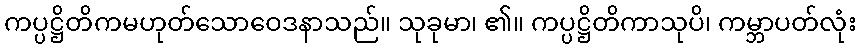
ကပ္ပဋ္ဌိတိကမဟုတ်သောဝေဒနာသည်။ သုခုမာ၊ ၏။ ကပ္ပဋ္ဌိတိကာသုပိ၊ ကမ္ဘာပတ်လုံး